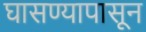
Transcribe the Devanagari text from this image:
घासण्यापासून